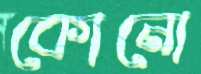
কোনো